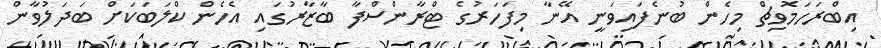
އިބްރަހަމޮވިޗް މިހެން ބުނެފައިވަނީ އޭނާ މިފަހަރުގެ ޓްރާންސްފާ ބާޒާރުގައި އެހެން ކްލަބަކަށް ބަދަލުވާން